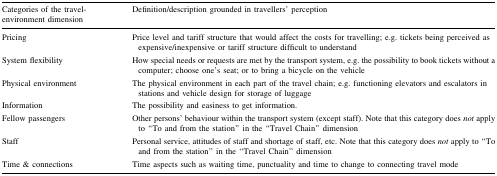
<table><thead><tr><td><b>Categories of the travel-environment dimension</b></td><td><b>Definition/description grounded in travellers’ perception</b></td></tr></thead><tbody><tr><td>Pricing</td><td>Price level and tariff structure that would affect the costs for travelling; e.g. tickets being perceived as expensive/inexpensive or tariff structure difficult to understand</td></tr><tr><td>System flexibility</td><td>How special needs or requests are met by the transport system, e.g. the possibility to book tickets without a computer; choose one’s seat; or to bring a bicycle on the vehicle</td></tr><tr><td>Physical environment</td><td>The physical environment in each part of the travel chain; e.g. functioning elevators and escalators in stations and vehicle design for storage of luggage</td></tr><tr><td>Information</td><td>The possibility and easiness to get information.</td></tr><tr><td>Fellow passengers</td><td>Other persons’ behaviour within the transport system (except staff). Note that this category does <i>not</i> apply to “To and from the station” in the “Travel Chain” dimension</td></tr><tr><td>Staff</td><td>Personal service, attitudes of staff and shortage of staff, etc. Note that this category does <i>not</i> apply to “To and from the station” in the “Travel Chain” dimension</td></tr><tr><td>Time &amp; connections</td><td>Time aspects such as waiting time, punctuality and time to change to connecting travel mode</td></tr></tbody></table>